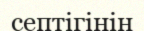
септігінін